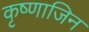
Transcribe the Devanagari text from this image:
कृष्णाजिन